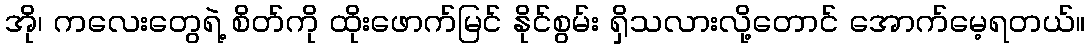
အို၊ ကလေးတွေရဲ့ စိတ်ကို ထိုးဖောက်မြင် နိုင်စွမ်း ရှိသလားလို့တောင် အောက်မေ့ရတယ်။